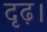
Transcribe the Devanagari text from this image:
दृढ़।